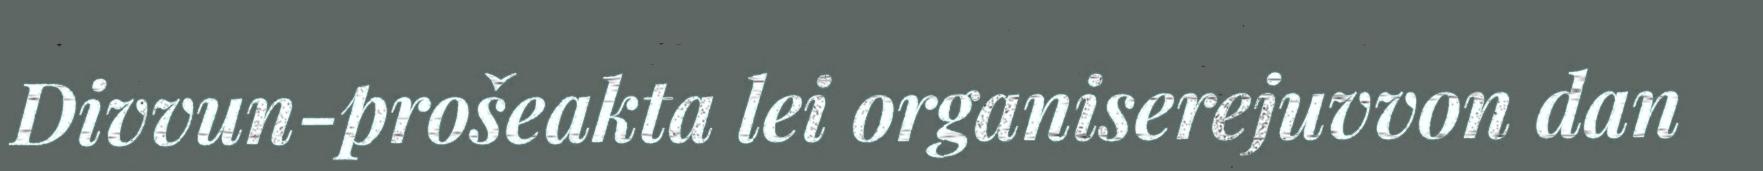
Divvun-prošeakta lei organiserejuvvon dan